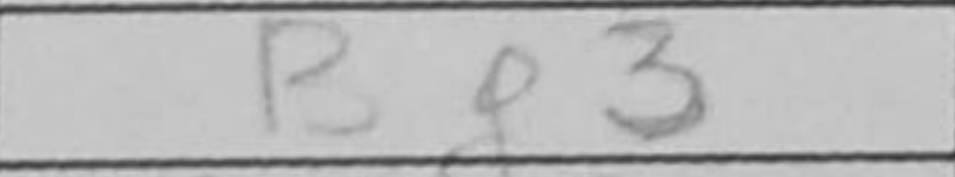
Transcription: Bf3